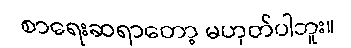
စာရေးဆရာတော့ မဟုတ်ပါဘူး။